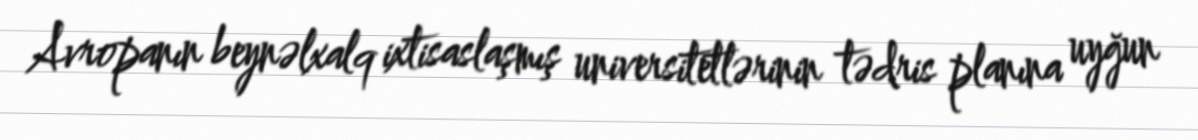
Avropanın beynəlxalq ixtisaslaşmış universitetlərinin tədris planına uyğun